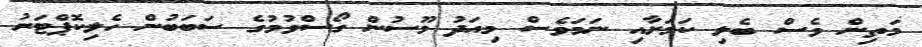
މަތިން ވެސް ބެލި ކަމަށާއި ނަމަވެސް މިއަދު މޫސުން ގޯސްވުމުގެ ސަބަބުން ހެލިކޮޕްޓަރު